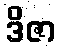
ဒိဇာ